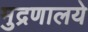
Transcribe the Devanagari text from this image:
मुद्रणालये